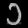
Digit: ၁